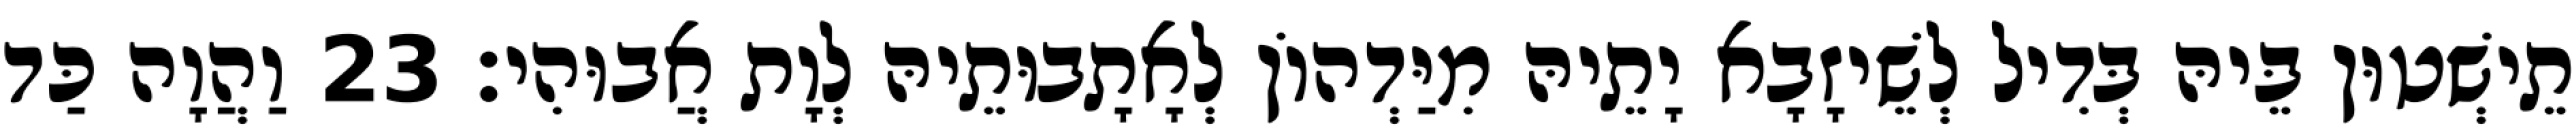
תֵישְׁטוּן בֵּיהּ בְּדִיל לְשֵׁיזָבָא יָתֵיהּ מִיַּדְהוֹן לְאָתָבוּתֵיהּ לְוָת אֲבוּהִי׃ 23 וַהֲוָה כַּד